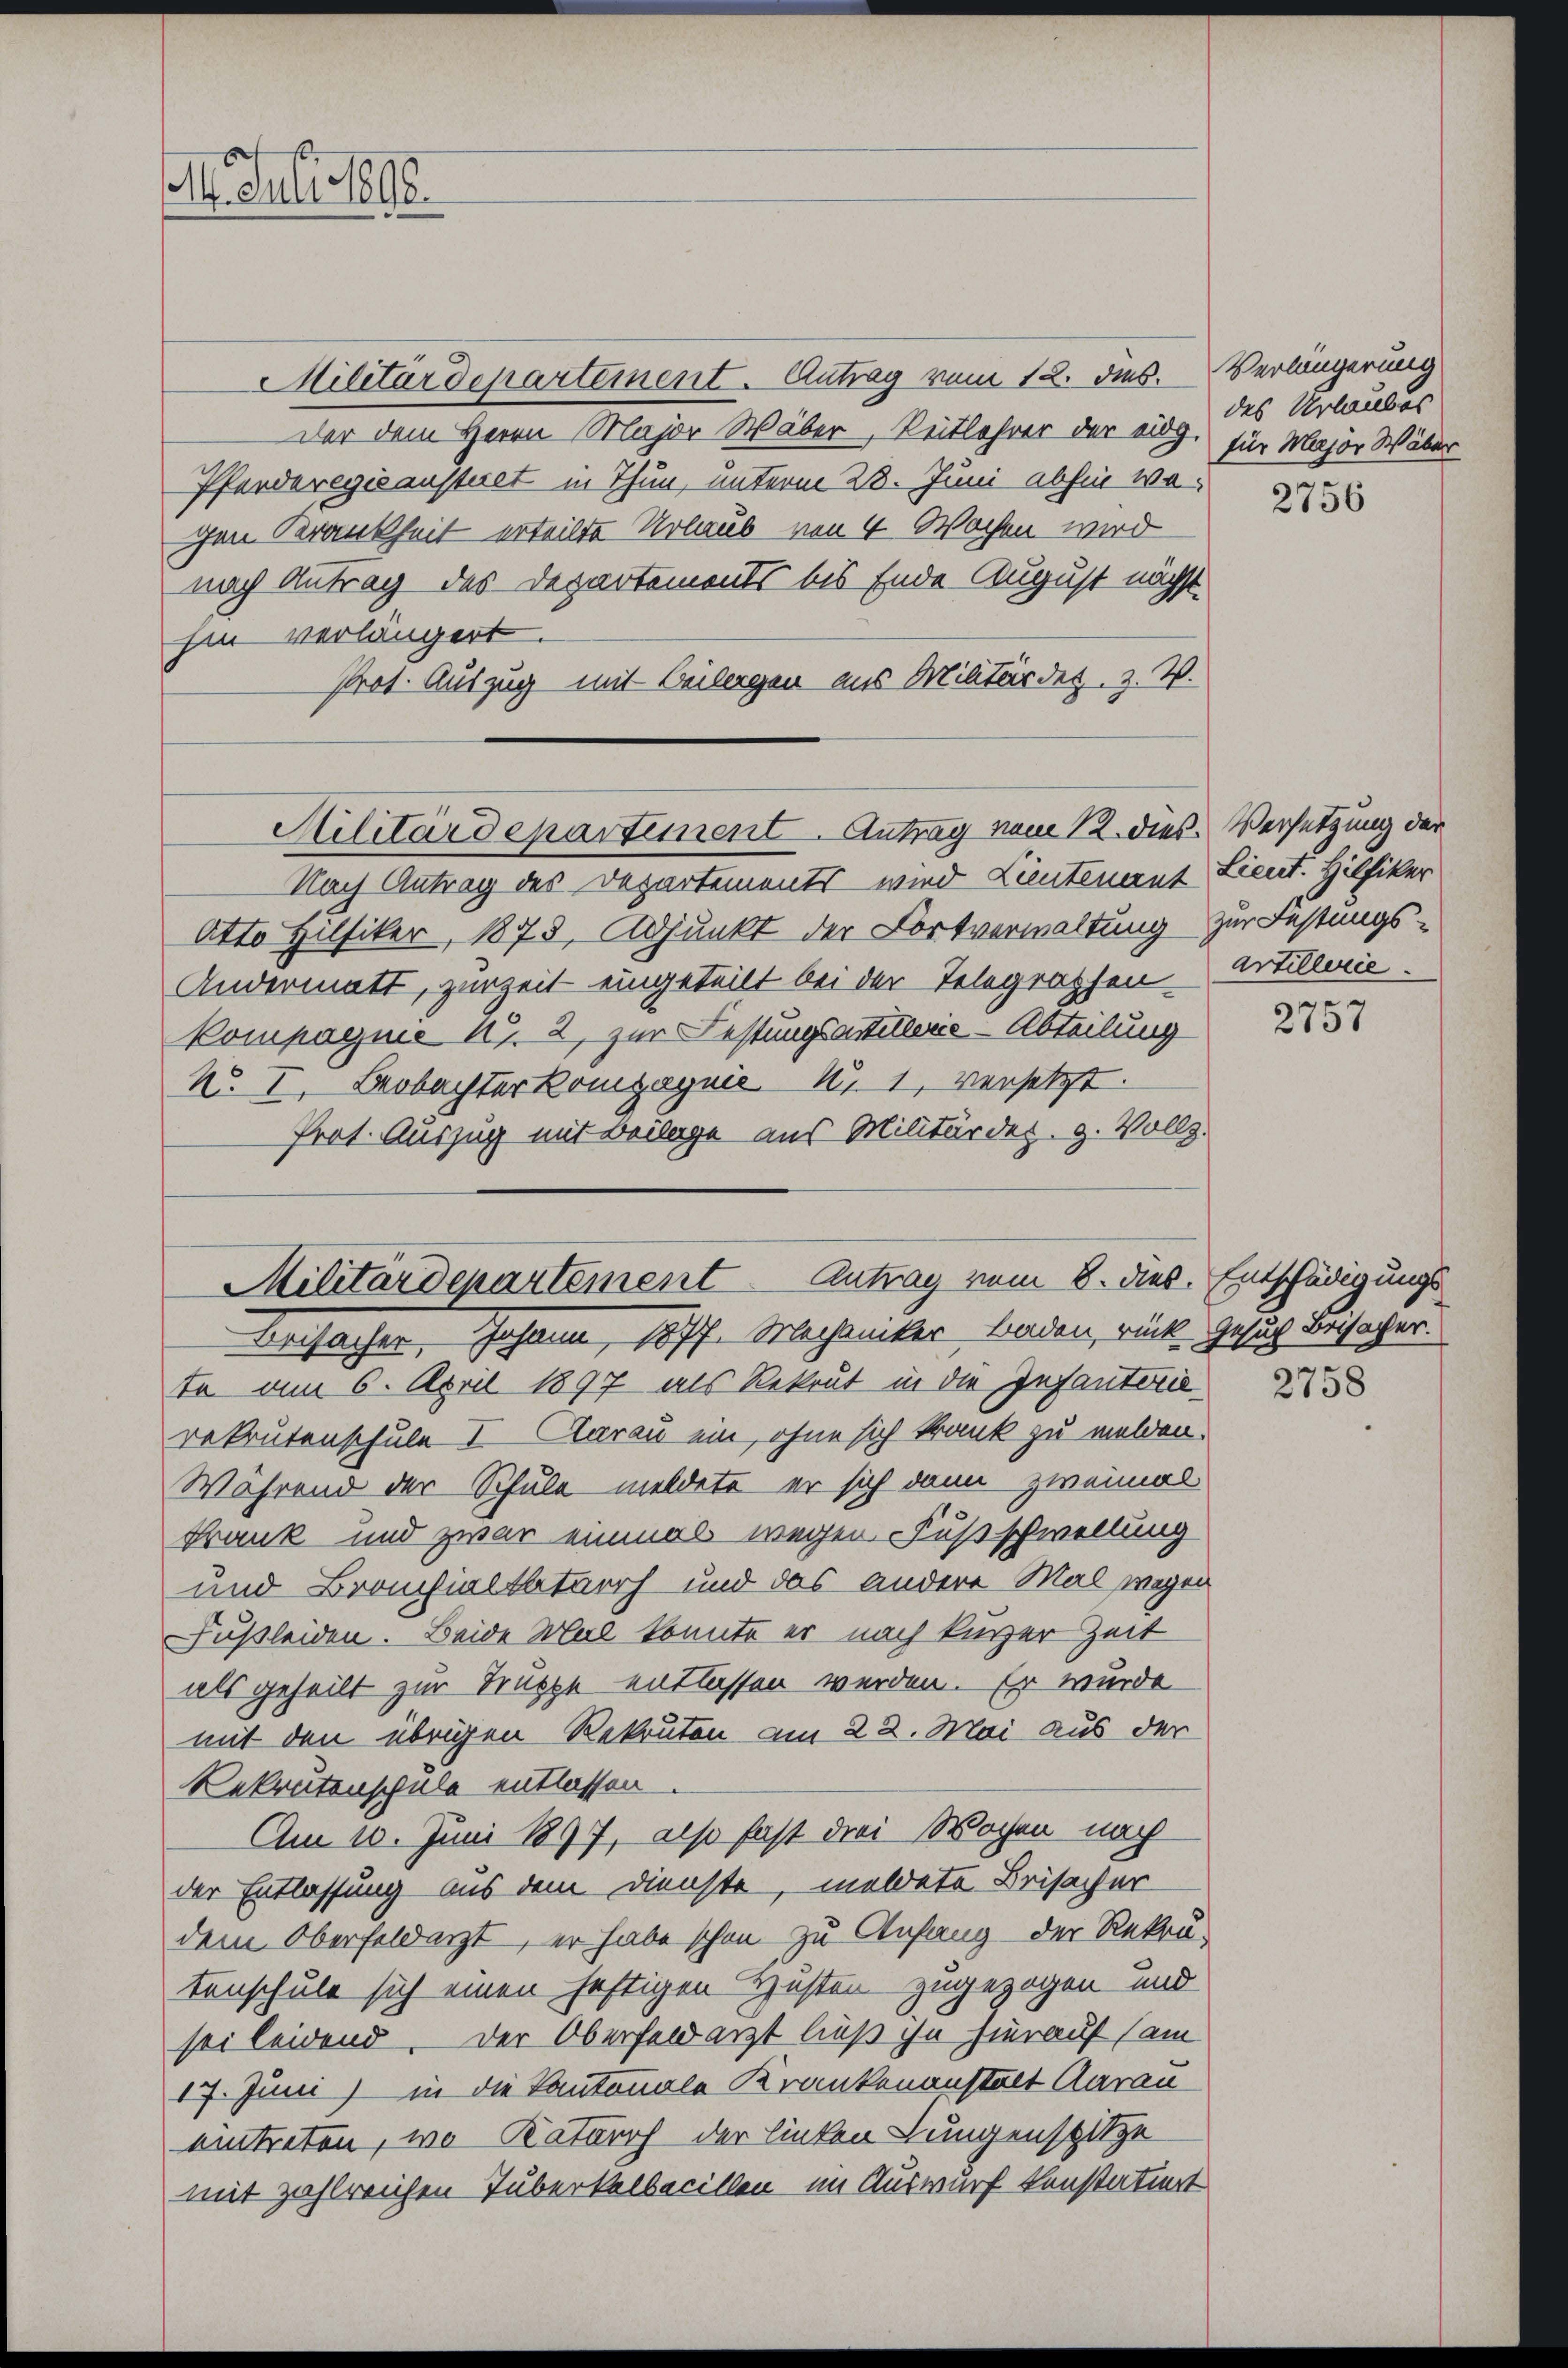
14. Juli 1890.

Militärdepartement. Antrag vom 12. dies. Verlängerung
Der dem Herrn Major Wäber, Reitlehrer der eidg. für Major Wäber
Pferderegisanstaet in Thun, unterm 28. Juni abhin wo-
chen Krankheit erteilte Urlaub von 4 Wochen wird
nach Antrag des Departements bis Ende August nächst.
hin verlängert.
Prot. Auszug mit Beilagen aus Militärdet. Z. W.

Militärdepartiment. Antrag vom 12. dies. Versetzung der

Nach Antrag des Departements wird Lieutenant Lieut. Hilfiker
Otto Hilfiker, 1878, Adjunkt der Fortverwaltung zur Festungs-
Andermatt, zur Zeit eingeteilt bei der Telegraphen.
kompagnie u. 2, zur Festungsartitlerie-Abteilung
N. I. Beobachterkompagnis 111, versetzt.
Prot. Auszug mit Beilage aus Militärdep. g. Vollz.

Militärdepartement Antrag vom 8. dies
Beisacher, Johann, 1877. Mechaniker- Baden, rück Gesuch Beisacher.

te am 6. April 1897 als Rekrut in die Infanterierekrutenschule I Aarau ein, ohne sich krank zu melden.
Während der Schule meldete er sich dann zweimal
krank und zwar einmal wegen Fußschwellung
und Bronchialtbeturch und das andere Mal wegen
Fußleiden. Beide Mal konnte er nach kurzer Zeit
als geheilt zur Truppe entlassen werden. Er wurde
mit den übrigen Rekruten am 22. Mai aus der
Rekrutenschule entlassen
Am 10. Juni 1897, also fast drei Wochen nach
der Entlassung aus dem Dienste, meldete Beisacher
dem Oberfeldarzt, er habe schon zu Anfang der Rekru-
tenschule sich einen heftigen Husten zugezogen und
sei leidend. Der Oberfeldarzt ließ ihn hierauf sam
17. Juni) in die Kantonale Krankenanstalt Aarau
eintreten, wo Katarrh der linken Lungenspitze
mit zahlreichen Tuberkelbecillen im Auswurf konstatiert

des Urlaubes
2756

artillerie.

¬
2157

Entschädigungs

2758